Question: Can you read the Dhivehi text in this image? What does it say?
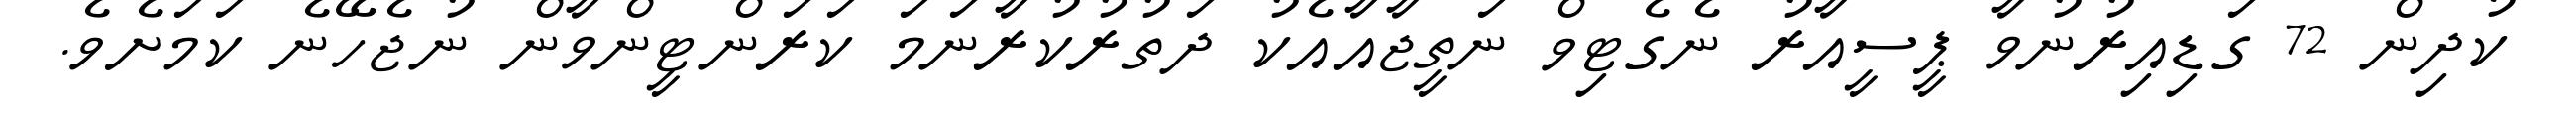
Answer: ކުދިން 72 ގަޑިއިރުނުވާ ޕީސީއާރު ނެގެޓިވް ނަތީޖާއާއެކު ދަތުރުކުރާނަމަ ކަރަންޓީންވާން ނުޖެހޭނެ ކަމަށެވެ.